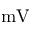
\mathrm { m V }